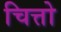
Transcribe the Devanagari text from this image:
चित्तो